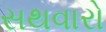
સથવારો